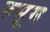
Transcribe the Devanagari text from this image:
रुसूम